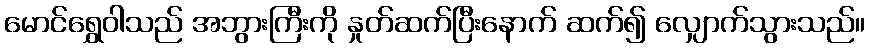
မောင်ရွှေဝါသည် အဘွားကြီးကို နှုတ်ဆက်ပြီးနောက် ဆက်၍ လျှောက်သွားသည်။